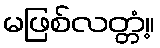
မဖြစ်လတ္တံ့။